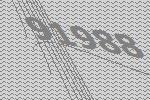
91988